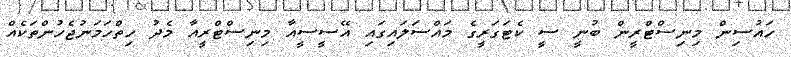
ހައުސިން މިނިސްޓްރީން ބުނީ ސީ ކެޓަގަރީގެ މައްސަލައިގައި އޭސީސީއާ މިނިސްޓްރީއާ މެދު ހިތްހަމަނުޖެހުންތަކެއް